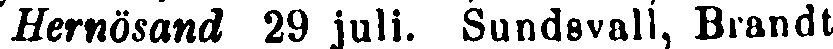
Hernösand 29 juli. Sundsvall, Brandt